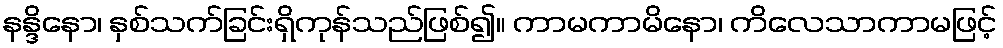
နန္ဒိနော၊ နှစ်သက်ခြင်းရှိကုန်သည်ဖြစ်၍။ ကာမကာမိနော၊ ကိလေသာကာမဖြင့်